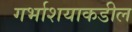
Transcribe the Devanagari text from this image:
गर्भाशयाकडील